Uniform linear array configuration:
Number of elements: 8
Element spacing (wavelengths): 0.75
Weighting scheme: blackman
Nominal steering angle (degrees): -30
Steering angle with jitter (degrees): -31.363
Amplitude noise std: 0.05
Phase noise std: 0.05

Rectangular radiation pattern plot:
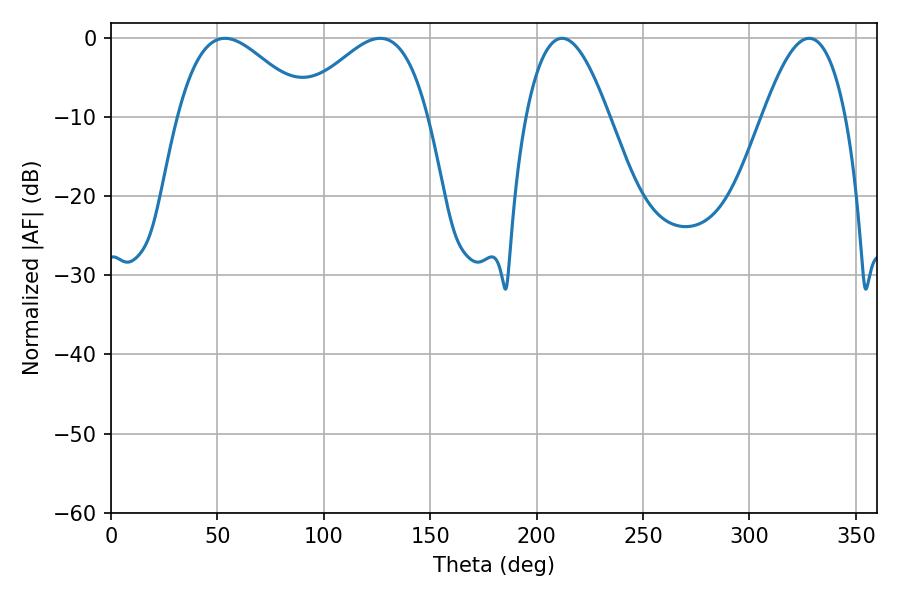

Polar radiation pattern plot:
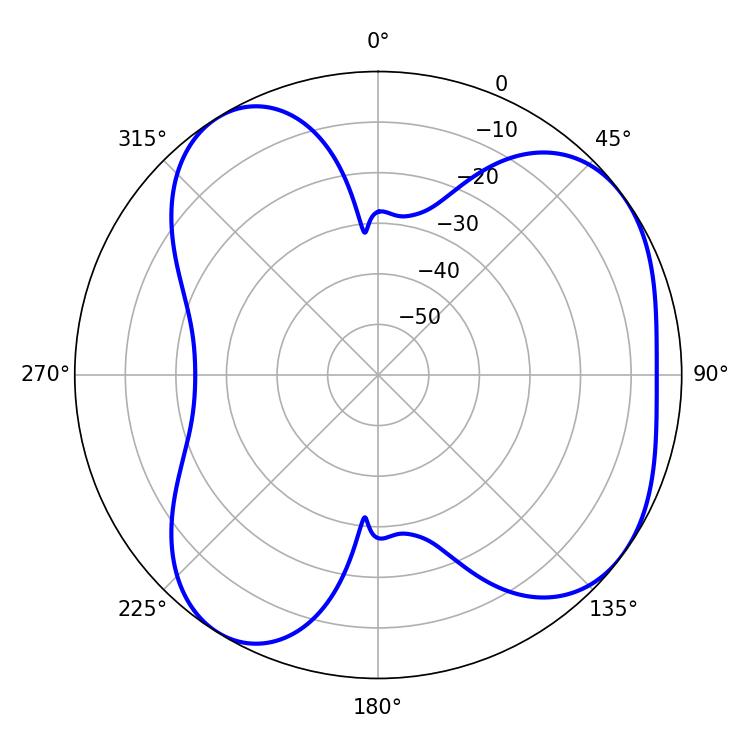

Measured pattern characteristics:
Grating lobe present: TRUE
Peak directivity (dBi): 5.323
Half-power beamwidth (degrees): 33.12
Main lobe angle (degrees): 53.46